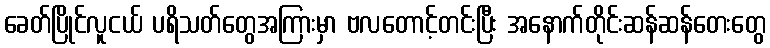
ခေတ်ပြိုင်လူငယ် ပရိသတ်တွေအကြားမှာ ဗလတောင့်တင်းပြီး အနောက်တိုင်းဆန်ဆန်တေးတွေ